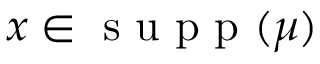
x \in \textrm { s u p p } ( \mu )